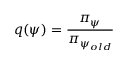
q ( \psi ) = \frac { \pi _ { \psi } } { \pi _ { \psi _ { o l d } } }